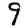
Digit: 9